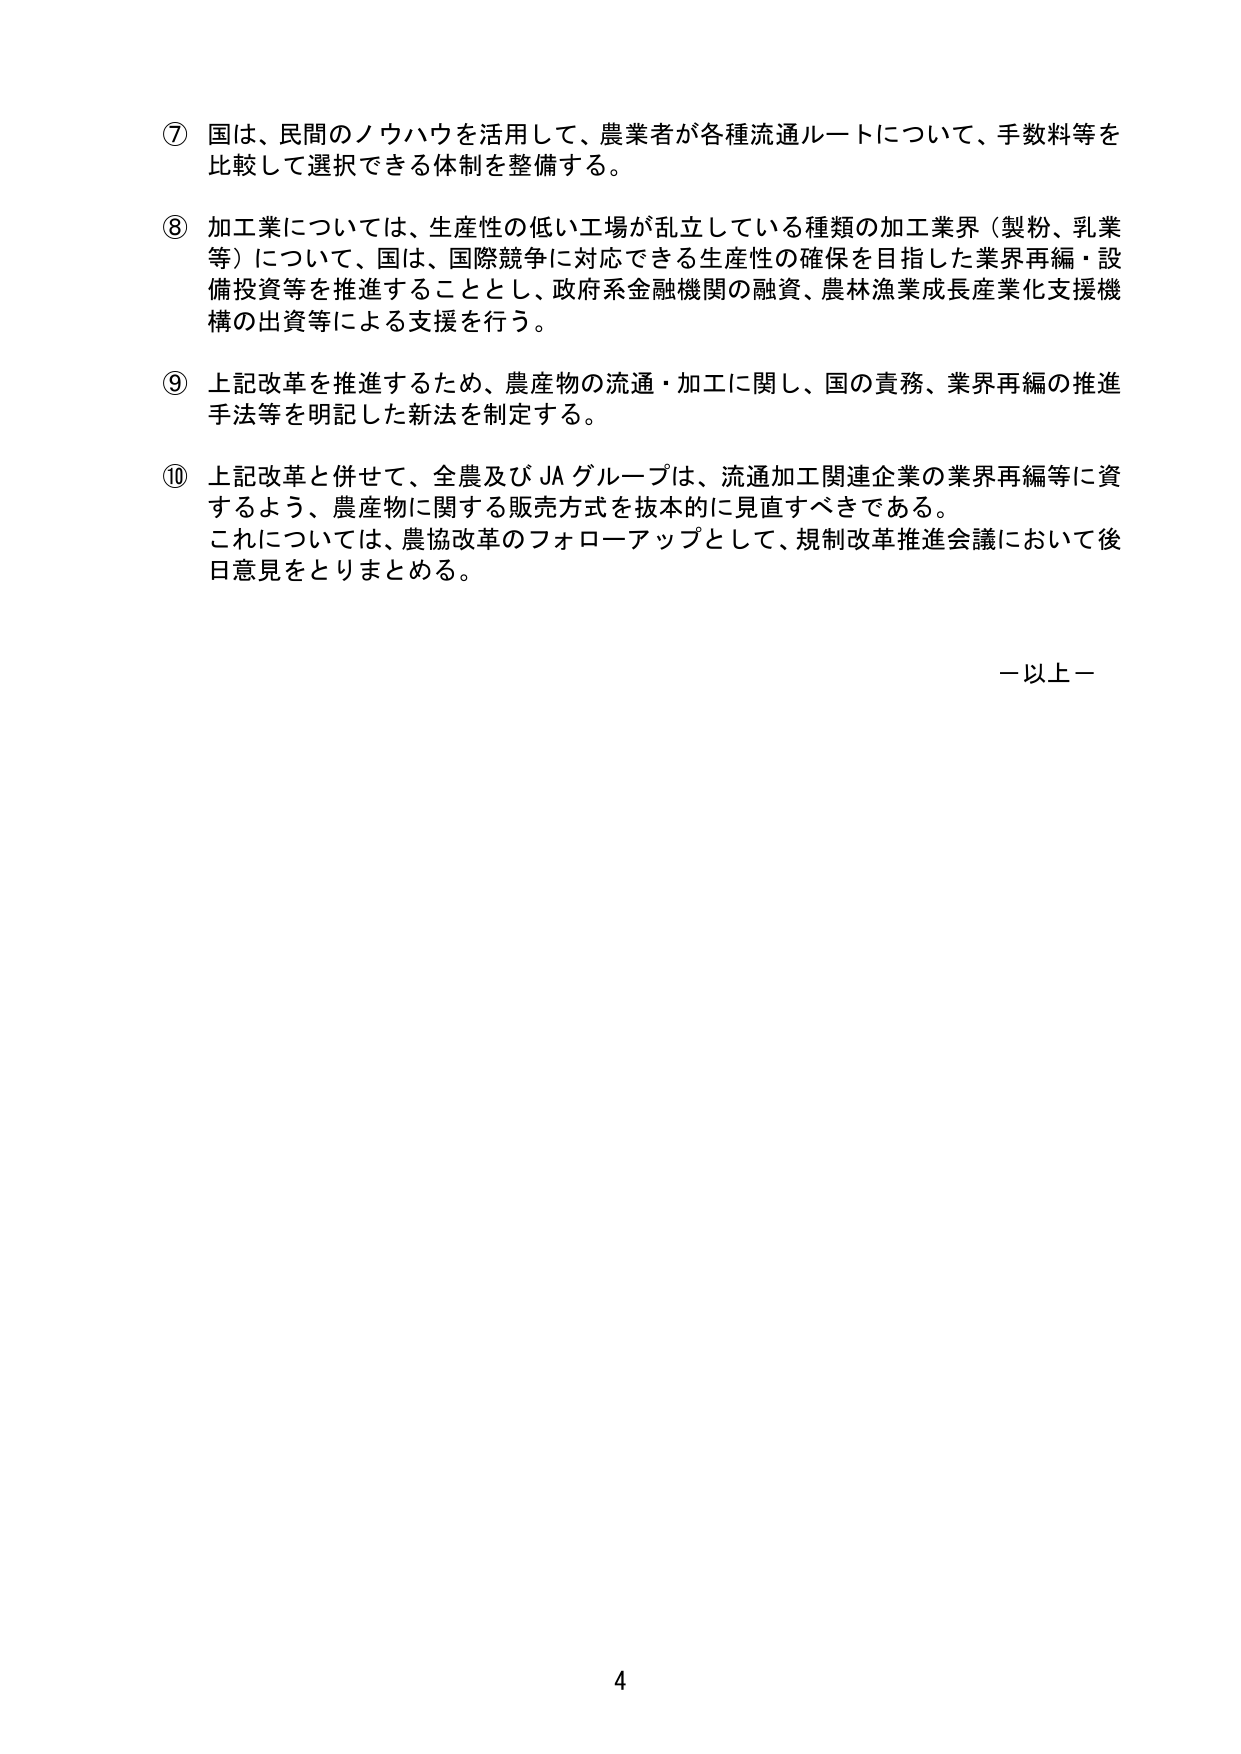
⑦ 国は、民間のノウハウを活用して、農業者が各種流通ルートについて、手数料等を比較して選択できる体制を整備する。

⑧ 加工業については、生産性の低い工場が乱立している種類の加工業界（製粉、乳業等）について、国は、国際競争に対応できる生産性の確保を目指した業界再編・設備投資等を推進することとし、政府系金融機関の融資、農林漁業成長産業化支援機構の出資等による支援を行う。

⑨ 上記改革を推進するため、農産物の流通・加工に関し、国の責務、業界再編の推進手法等を明記した新法を制定する。

⑩ 上記改革と併せて、全農及びJAグループは、流通加工関連企業の業界再編等に資するよう、農産物に関する販売方式を抜本的に見直すべきである。これについては、農協改革のフォローアップとして、規制改革推進会議において後日意見をとりまとめる。

－以上－

4